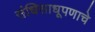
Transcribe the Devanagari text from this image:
संधिसाधूपणाचे